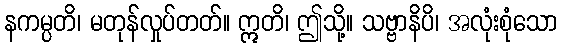
နကမ္ပတိ၊ မတုန်လှုပ်တတ်။ ဣတိ၊ ဤသို့။ သဗ္ဗာနိပိ၊ အလုံးစုံသော